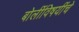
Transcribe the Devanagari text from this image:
बोलींविषयींचे